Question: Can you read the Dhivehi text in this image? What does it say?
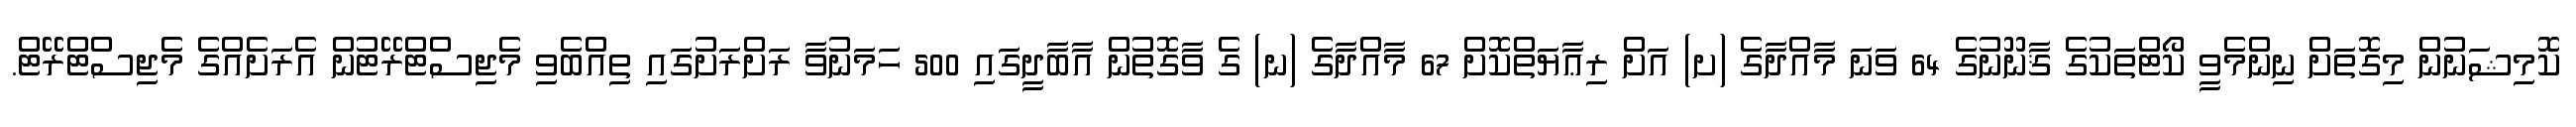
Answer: ކޮމިޝަނުން މިގޮތަށް ނިންމެވީ ކޯޓްތަކުގެ ޤާނޫނުގެ 64 ވަނަ މާއްދާގެ (ށ) އަށް ރިޢާޔަތްކޮށް 67 މާއްދާގެ (ނ) ގެ ވާގޮތުން އާބާދީގައި 500 ހަމަނުވާ ރަށްރަށުގައި ތިއްބެވި މެޖިސްޓްރޭޓުން އެރަށެއްގެ މެޖިސްޓްރޭޓް.